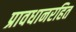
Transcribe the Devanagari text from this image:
प्रावधानरहित